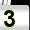
Digit: 3